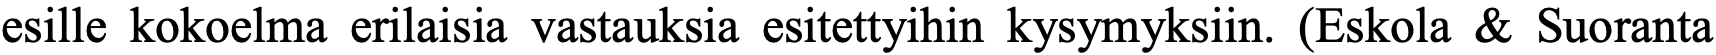
esille kokoelma erilaisia vastauksia esitettyihin kysymyksiin. (Eskola & Suoranta